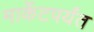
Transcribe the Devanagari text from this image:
मार्केटपर्यंत